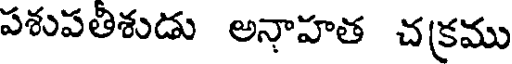
పశుపతిశుడు అనాహత చక్రము